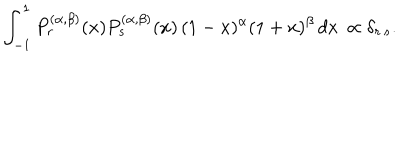
\int _ { - 1 } ^ { 1 } P _ { r } ^ { ( \alpha , \beta ) } ( x ) P _ { s } ^ { ( \alpha , \beta ) } ( x ) \, ( 1 - x ) ^ { \alpha } ( 1 + x ) ^ { \beta } \, d x \, \propto \delta _ { r \, s } .